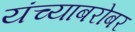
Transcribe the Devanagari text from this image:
यंच्याबरोबर